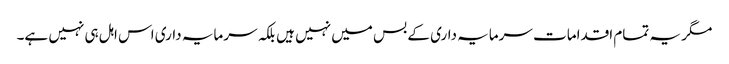
مگر یہ تمام اقدامات سرمایہ داری کے بس میں نہیں ہیں بلکہ سرمایہ داری اس اہل ہی نہیں ہے۔